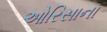
ઓરિસાના